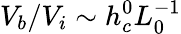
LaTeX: V_{b}/V_{i}\sim h_{c}^{0}L_{0}^{-1}